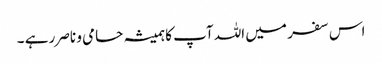
اس سفر میں اللہ آپ کا ہمیشہ حامی و ناصر رہے ۔